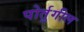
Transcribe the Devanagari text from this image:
पोर्तुगील